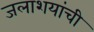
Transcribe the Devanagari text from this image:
जलाशयांची